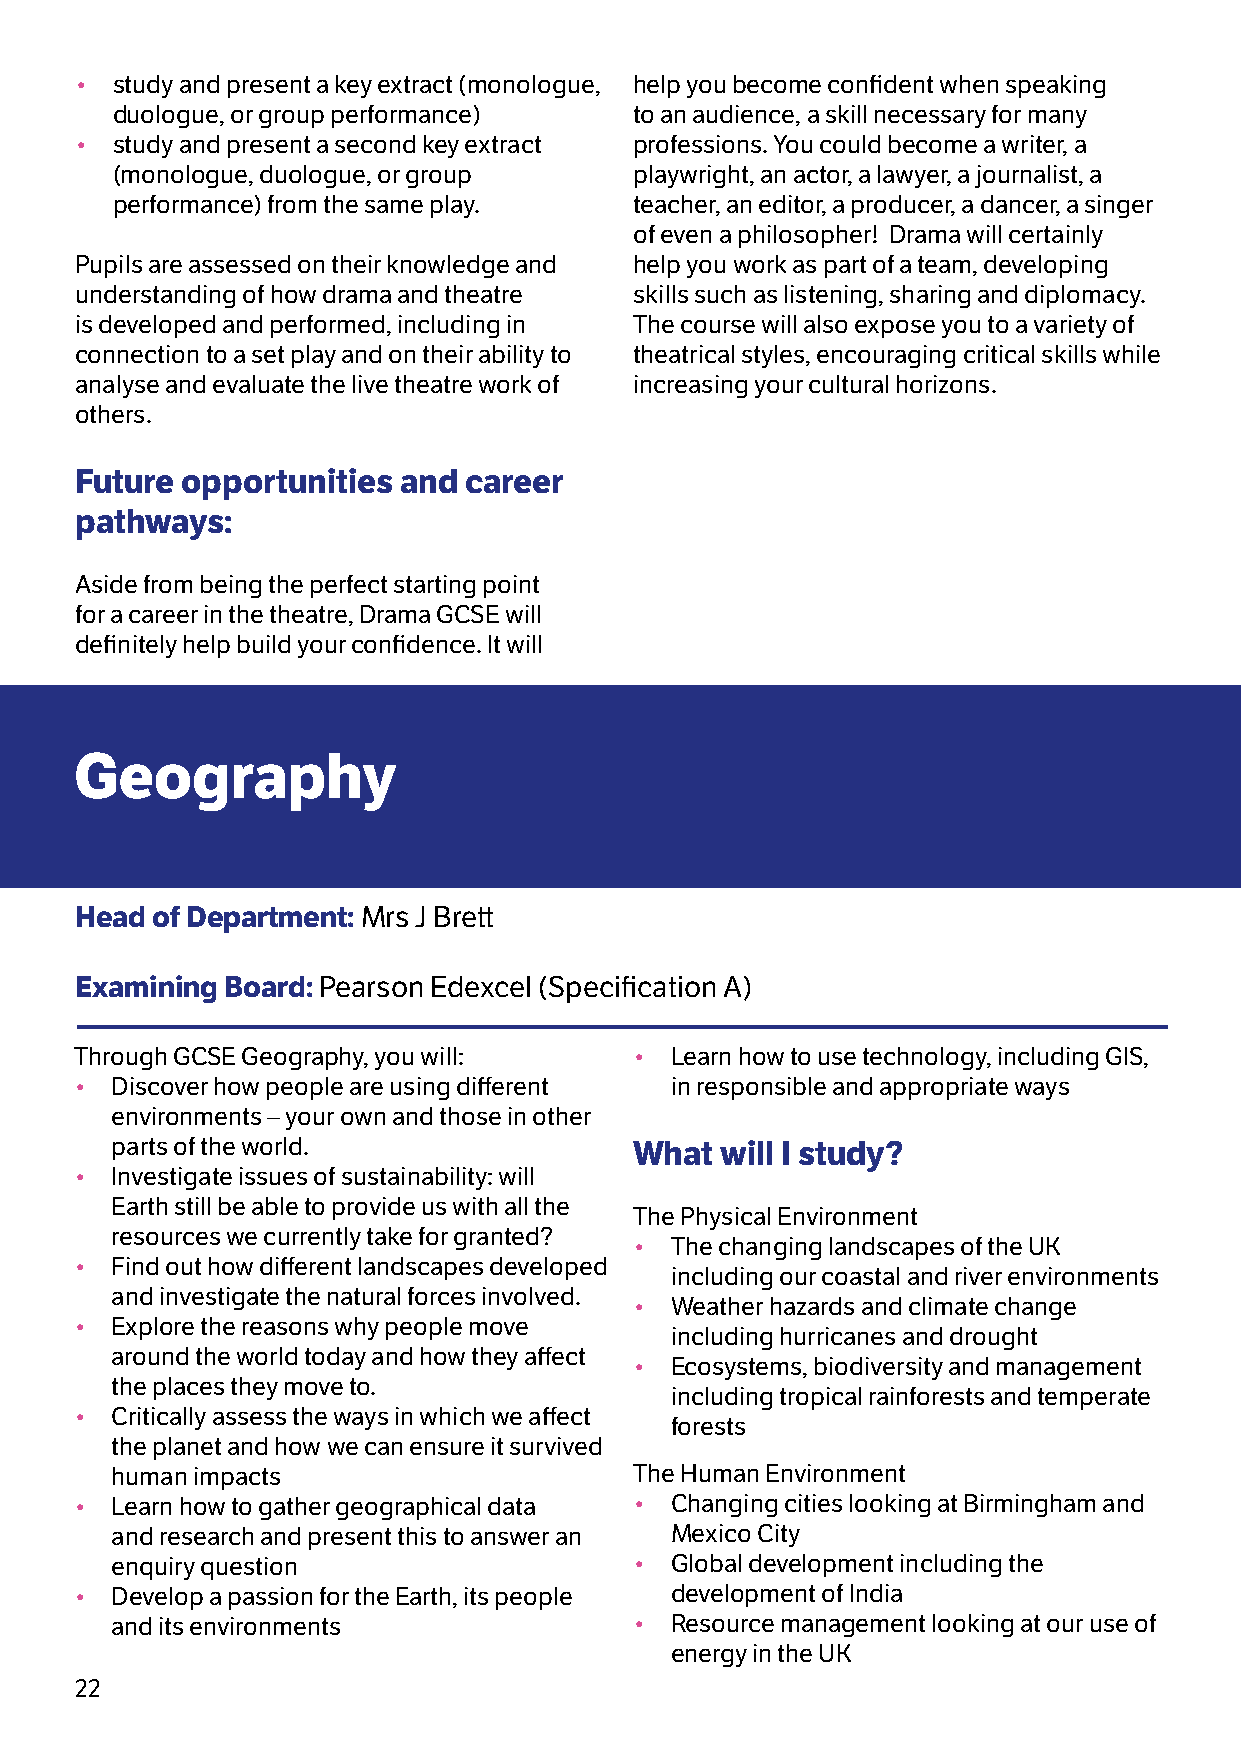
• study and present a key extract (monologue, help you become confident when speaking
 duologue, or group performance)    to an audience, a skill necessary for many
 • study and present a second key extract professions. You could become a writer, a
 (monologue, duologue, or group     playwright, an actor, a lawyer, a journalist, a
 performance) from the same play.   teacher, an editor, a producer, a dancer, a singer
 of even a philosopher! Drama will certainly
 Pupils are assessed on their knowledge and help you work as part of a team, developing
 understanding of how drama and theatre skills such as listening, sharing and diplomacy.
 is developed and performed, including in The course will also expose you to a variety of
 connection to a set play and on their ability to theatrical styles, encouraging critical skills while
 analyse and evaluate the live theatre work of increasing your cultural horizons.
 others.
 Future opportunities  and career
 pathways:
 Aside from being the perfect starting point
 for a career in the theatre, Drama GCSE will
 definitely help build your confidence. It will
 Geography
 Head of Department: Mrs J Brett
 Examining Board: Pearson Edexcel (Specification A)
 Through GCSE Geography, you will:    • Learn how to use technology, including GIS,
 • Discover how people are using different in responsible and appropriate ways
 environments – your own and those in other
 parts of the world.                What  will I study?
 • Investigate issues of sustainability: will
 Earth still be able to provide us with all the
 The Physical Environment
 resources we currently take for granted?
 • The changing landscapes of the UK
 • Find out how different landscapes developed
 including our coastal and river environments
 and investigate the natural forces involved.
 • Weather hazards and climate change
 • Explore the reasons why people move
 including hurricanes and drought
 around the world today and how they affect
 • Ecosystems, biodiversity and management
 the places they move to.
 including tropical rainforests and temperate
 • Critically assess the ways in which we affect
 forests
 the planet and how we can ensure it survived
 human impacts                      The Human Environment
 • Learn how to gather geographical data • Changing cities looking at Birmingham and
 and research and present this to answer an Mexico City
 enquiry question                   • Global development including the
 • Develop a passion for the Earth, its people development of India
 and its environments               • Resource management looking at our use of
 energy in the UK
 22